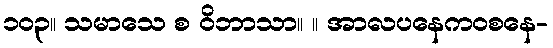
၁၀၃။ သမာသေ စ ဝိဘာသာ။ ။ အာလပနေကဝစနေ-